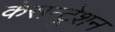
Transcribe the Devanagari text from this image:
कंसन्ट्रेशन